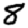
Digit: 8